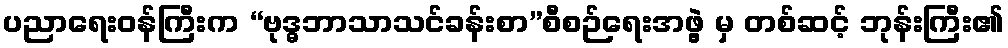
ပညာရေးဝန်ကြီးက “ဗုဒ္ဓဘာသာသင်ခန်းစာ”စီစဉ်ရေးအဖွဲ့ မှ တစ်ဆင့် ဘုန်းကြီး၏